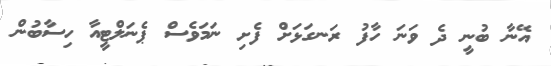
އޭނާ ބުނީ ދެ ވަނަ ހާފު ރަނގަޅަށް ފެށި ނަމަވެސް ޕެނަލްޓީއާ ހިސާބުން